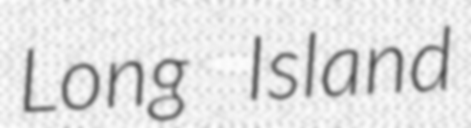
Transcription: Long Island